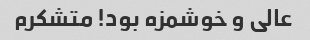
عالی و خوشمزه بود! متشکرم